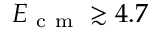
E _ { \mathrm { ~ c ~ m ~ } } \gtrsim 4 . 7